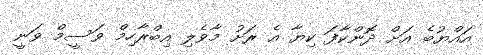
އައްޔުބެ އަށް ދޮންކާފަ ކިޔާ އެ ރަށު މާވެލި އިބްރާހިމް ވަސީމް ވަނީ